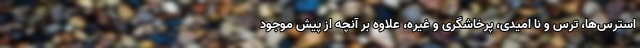
استرس‌ها، ترس و نا امیدی، پرخاشگری و غیره، علاوه بر آنچه از پیش موجود